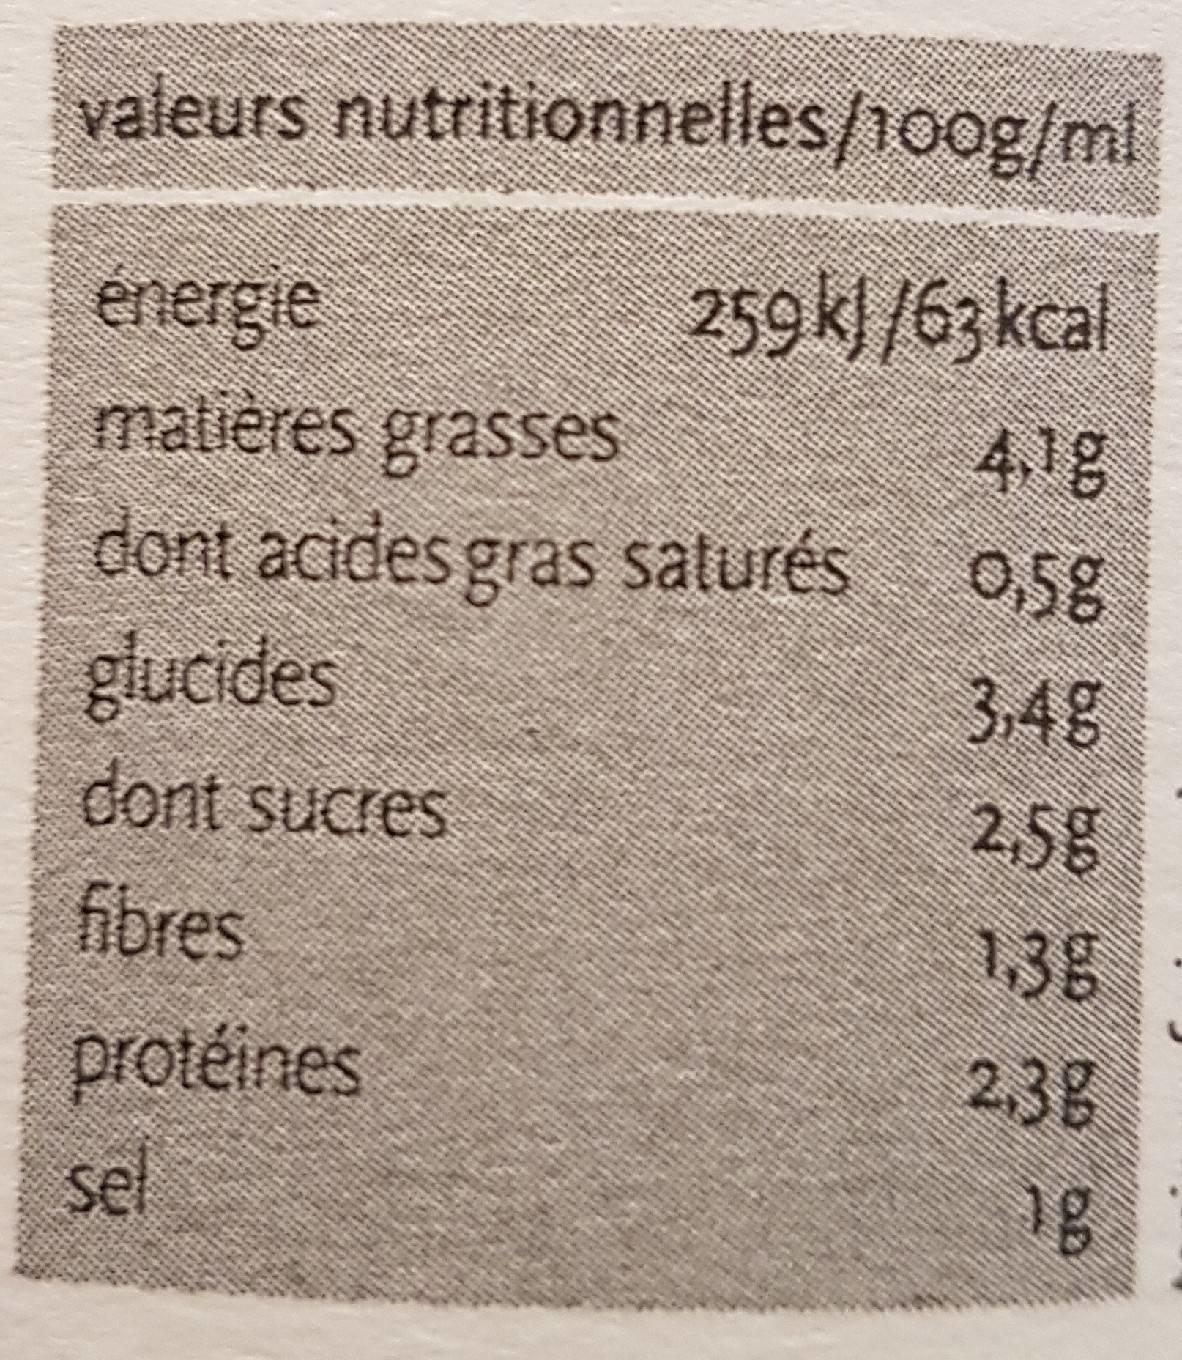
valeurs nutritionnelles/100g/ml
259 kl /63 kcal
4,1g
0,58
energie
matières grasses
dont acides gras saturés
glucides
dont sucres
fibres
protéines
sel
3,4g
2,5g
1,38
2,38
18